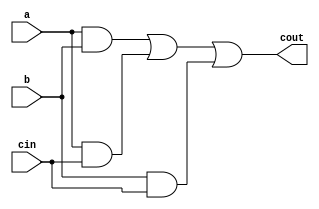
module adder(input a, input b,input cin, output cout);
	assign s = a^b^cin;
	assign cout= (a&b) |(a& cin) |(b & cin);
endmodule

module test1;
	reg a, b,cin;
	wire s , cout;
	adder FA (a,b,cin,cout);
	initial
	begin
		$dumpfile("program12.vcd");
		$dumpvars(0,test1);
		a = 1;			//for first 5ns, a and b have values 1,1 and carry-in
		b = 1;			   //has value 0
		 cin = 0; #5
		a = 1;			//for next 5ns, a and b have values 1,1 and carry-in
		b = 1;			   //has value 1
		   cin = 1; #5
		a = 0;			//for next 5ns, a and b have values 0,1 and carry-in
		b = 1;			  // has value 0
		   cin = 0; #5
		#10 $finish;		//the state is continued for 10ns ore after which time 
	end				 //duration is ended using $finish command
endmodule